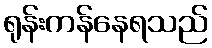
ရုန်းကန်နေရသည်